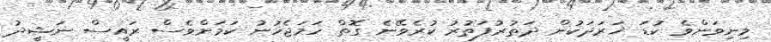
މިނިވަންވެ ކުޑަ ޚަރަދަކުން ދަތުރުފަތުރު ކުރެވޭނެ ގޮތް ހަމަޖެހުނު ކަމަށްވެސް ރައީސް ނަޝީދު